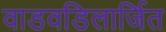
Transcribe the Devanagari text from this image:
वाडवडिलार्जित